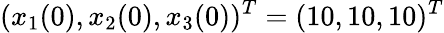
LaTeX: (x_{1}(0),x_{2}(0),x_{3}(0))^{T}=(10,10,10)^{T}